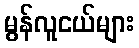
မွန်လူငယ်များ